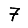
Digit: 7